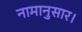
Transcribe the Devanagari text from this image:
नामानुसार।